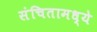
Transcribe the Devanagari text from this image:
संचितामध्ये